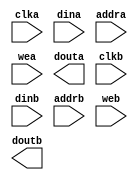
module bram(
	clka,
	dina,
	addra,
	wea,
	douta,
	clkb,
	dinb,
	addrb,
	web,
	doutb);


input clka;
input [127 : 0] dina;
input [11 : 0] addra;
input [15 : 0] wea;
output [127 : 0] douta;
input clkb;
input [31 : 0] dinb;
input [13 : 0] addrb;
input [3 : 0] web;
output [31 : 0] doutb;

// synthesis translate_off

      BLK_MEM_GEN_V2_6 #(
		.C_ADDRA_WIDTH(12),
		.C_ADDRB_WIDTH(14),
		.C_ALGORITHM(1),
		.C_BYTE_SIZE(8),
		.C_COMMON_CLK(0),
		.C_DEFAULT_DATA("0"),
		.C_DISABLE_WARN_BHV_COLL(0),
		.C_DISABLE_WARN_BHV_RANGE(0),
		.C_FAMILY("virtex5"),
		.C_HAS_ENA(0),
		.C_HAS_ENB(0),
		.C_HAS_MEM_OUTPUT_REGS_A(0),
		.C_HAS_MEM_OUTPUT_REGS_B(0),
		.C_HAS_MUX_OUTPUT_REGS_A(0),
		.C_HAS_MUX_OUTPUT_REGS_B(0),
		.C_HAS_REGCEA(0),
		.C_HAS_REGCEB(0),
		.C_HAS_SSRA(0),
		.C_HAS_SSRB(0),
		.C_INIT_FILE_NAME("no_coe_file_loaded"),
		.C_LOAD_INIT_FILE(0),
		.C_MEM_TYPE(2),
		.C_MUX_PIPELINE_STAGES(0),
		.C_PRIM_TYPE(1),
		.C_READ_DEPTH_A(4096),
		.C_READ_DEPTH_B(16384),
		.C_READ_WIDTH_A(128),
		.C_READ_WIDTH_B(32),
		.C_SIM_COLLISION_CHECK("ALL"),
		.C_SINITA_VAL("0"),
		.C_SINITB_VAL("0"),
		.C_USE_BYTE_WEA(1),
		.C_USE_BYTE_WEB(1),
		.C_USE_DEFAULT_DATA(0),
		.C_USE_ECC(0),
		.C_USE_RAMB16BWER_RST_BHV(0),
		.C_WEA_WIDTH(16),
		.C_WEB_WIDTH(4),
		.C_WRITE_DEPTH_A(4096),
		.C_WRITE_DEPTH_B(16384),
		.C_WRITE_MODE_A("WRITE_FIRST"),
		.C_WRITE_MODE_B("WRITE_FIRST"),
		.C_WRITE_WIDTH_A(128),
		.C_WRITE_WIDTH_B(32),
		.C_XDEVICEFAMILY("virtex5"))
	inst (
		.CLKA(clka),
		.DINA(dina),
		.ADDRA(addra),
		.WEA(wea),
		.DOUTA(douta),
		.CLKB(clkb),
		.DINB(dinb),
		.ADDRB(addrb),
		.WEB(web),
		.DOUTB(doutb),
		.ENA(),
		.REGCEA(),
		.SSRA(),
		.ENB(),
		.REGCEB(),
		.SSRB(),
		.DBITERR(),
		.SBITERR());


// synthesis translate_on

endmodule